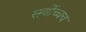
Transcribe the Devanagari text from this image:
सर्वोच्चच